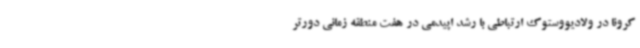
کرونا در ولادیووستوک ارتباطی با رشد اپیدمی در هفت منطقه زمانی دورتر